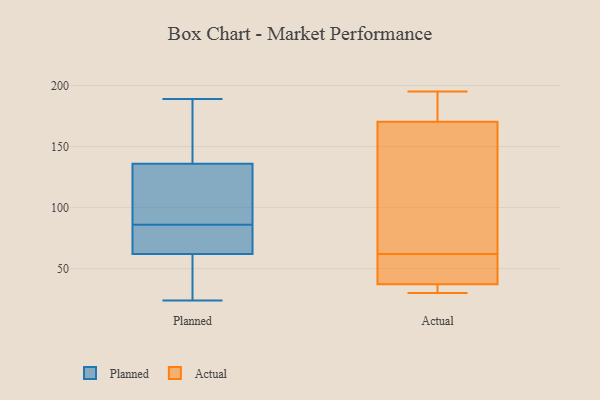
{"axis": {"x": "Market Share (%)", "y": "Value"}, "legend": ["Actual", "Planned"], "data": [{"x": "", "y": 189, "type": "Planned"}, {"x": "", "y": 33, "type": "Planned"}, {"x": "", "y": 121, "type": "Planned"}, {"x": "", "y": 183, "type": "Planned"}, {"x": "", "y": 101, "type": "Planned"}, {"x": "", "y": 29, "type": "Planned"}, {"x": "", "y": 136, "type": "Planned"}, {"x": "", "y": 62, "type": "Planned"}, {"x": "", "y": 84, "type": "Planned"}, {"x": "", "y": 24, "type": "Planned"}, {"x": "", "y": 88, "type": "Planned"}, {"x": "", "y": 66, "type": "Planned"}, {"x": "", "y": 173, "type": "Planned"}, {"x": "", "y": 65, "type": "Planned"}, {"x": "", "y": 30, "type": "Actual"}, {"x": "", "y": 180, "type": "Actual"}, {"x": "", "y": 141, "type": "Actual"}, {"x": "", "y": 182, "type": "Actual"}, {"x": "", "y": 79, "type": "Actual"}, {"x": "", "y": 42, "type": "Actual"}, {"x": "", "y": 37, "type": "Actual"}, {"x": "", "y": 38, "type": "Actual"}, {"x": "", "y": 31, "type": "Actual"}, {"x": "", "y": 195, "type": "Actual"}, {"x": "", "y": 62, "type": "Actual"}]}